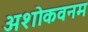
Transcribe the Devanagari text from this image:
अशोकवनम